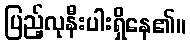
ပြည့်လုနီးပါးရှိနေ၏။